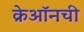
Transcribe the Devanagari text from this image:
क्रेऑनची